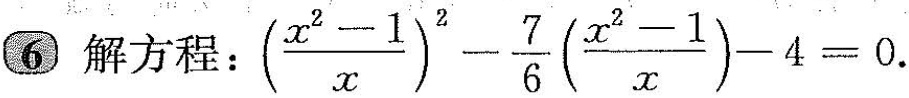
6 解方程：$$( \frac{x^{2}-1}{x})^{2}- \frac{7}{6}( \frac{x^{2}-1}{x})-4=0$$.